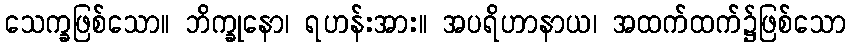
သေက္ခဖြစ်သော။ ဘိက္ခုနော၊ ရဟန်းအား။ အပရိဟာနာယ၊ အထက်ထက်၌ဖြစ်သော